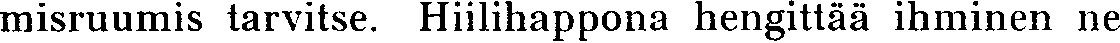
misruumis tarvitse. Hiilihappona hengittää ihminen ne